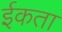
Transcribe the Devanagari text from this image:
ईकता